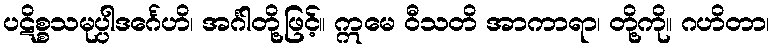
ပဋိစ္စသမုပ္ပါဒင်္ဂေဟိ၊ အင်္ဂါတို့ဖြင့်။ ဣမေ ဝီသတိ အာကာရာ၊ တို့ကို။ ဂဟိတာ၊